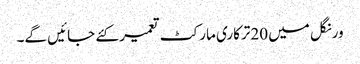
ورنگل میں 20ترکاری مارکٹ تعمیر کئے جائیں گے۔